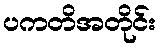
ပကတိအတိုင်း